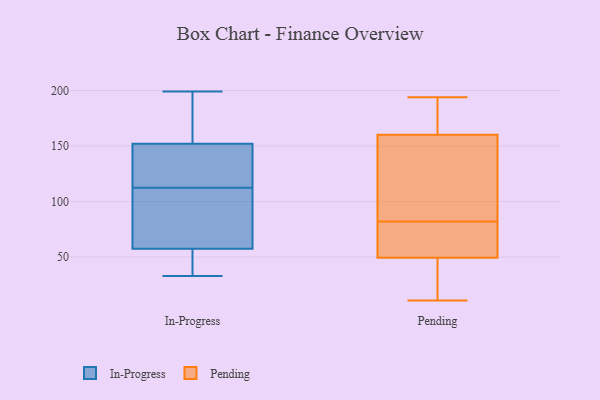
{"axis": {"x": "LTV (USD)", "y": "Value"}, "legend": ["In-Progress", "Pending"], "data": [{"x": "", "y": 95, "type": "In-Progress"}, {"x": "", "y": 199, "type": "In-Progress"}, {"x": "", "y": 147, "type": "In-Progress"}, {"x": "", "y": 66, "type": "In-Progress"}, {"x": "", "y": 157, "type": "In-Progress"}, {"x": "", "y": 102, "type": "In-Progress"}, {"x": "", "y": 39, "type": "In-Progress"}, {"x": "", "y": 49, "type": "In-Progress"}, {"x": "", "y": 133, "type": "In-Progress"}, {"x": "", "y": 123, "type": "In-Progress"}, {"x": "", "y": 33, "type": "In-Progress"}, {"x": "", "y": 161, "type": "In-Progress"}, {"x": "", "y": 82, "type": "Pending"}, {"x": "", "y": 81, "type": "Pending"}, {"x": "", "y": 115, "type": "Pending"}, {"x": "", "y": 54, "type": "Pending"}, {"x": "", "y": 176, "type": "Pending"}, {"x": "", "y": 14, "type": "Pending"}, {"x": "", "y": 188, "type": "Pending"}, {"x": "", "y": 71, "type": "Pending"}, {"x": "", "y": 24, "type": "Pending"}, {"x": "", "y": 194, "type": "Pending"}, {"x": "", "y": 98, "type": "Pending"}, {"x": "", "y": 162, "type": "Pending"}, {"x": "", "y": 31, "type": "Pending"}, {"x": "", "y": 155, "type": "Pending"}, {"x": "", "y": 48, "type": "Pending"}, {"x": "", "y": 69, "type": "Pending"}, {"x": "", "y": 144, "type": "Pending"}, {"x": "", "y": 11, "type": "Pending"}, {"x": "", "y": 190, "type": "Pending"}]}